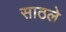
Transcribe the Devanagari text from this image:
साठले